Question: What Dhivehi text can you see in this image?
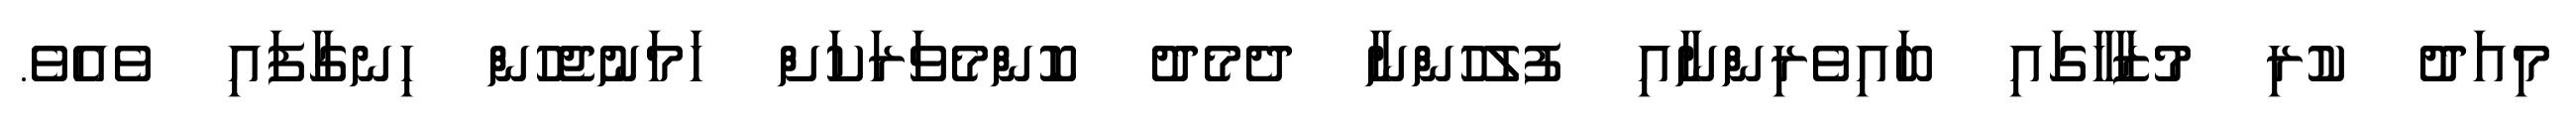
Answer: މިއަދު ކުރި މުޒާހާގައި ބައިވެރިންނާއި ފުލުހުންނާ ދެމެދު ކޮންމެވަރަކަށް ހަމަނުޖެހުން ހިނގާފައި ވެއެވެ.